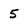
Character: 5